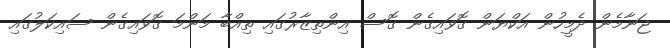
ޖަނާމެން ދެމީހުން އަކްޔަން ގޮވައިގެން ގޮސް އިންތިޒާރުގައި ތިއްބާ މަންމަ ގޮވައިގެން ސައިކަލުގައި